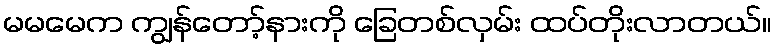
မမမေက ကျွန်တော့်နားကို ခြေတစ်လှမ်း ထပ်တိုးလာတယ်။